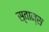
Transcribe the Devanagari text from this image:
स्वान्स